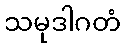
သမုဒါဂတံ